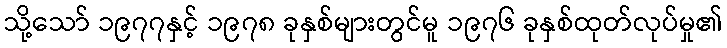
သို့သော် ၁၉၇၇နှင့် ၁၉၇၈ ခုနှစ်များတွင်မူ ၁၉၇၆ ခုနှစ်ထုတ်လုပ်မှု၏